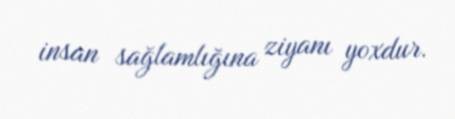
insan sağlamlığına ziyanı yoxdur.